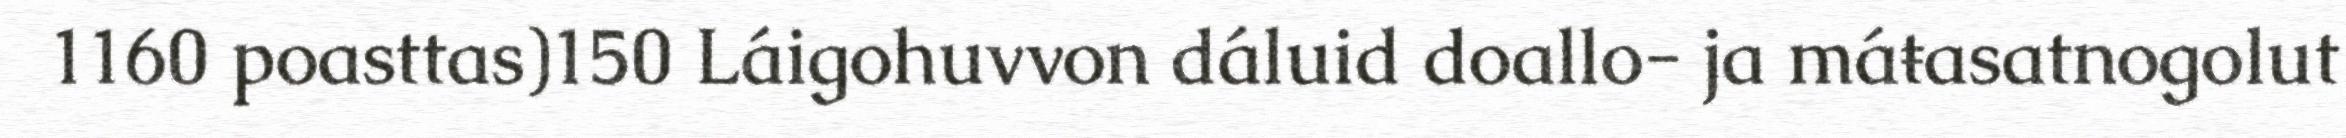
1160 poasttas)150 Láigohuvvon dáluid doallo- ja máŧasatnogolut